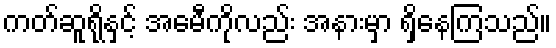
ကတ်ဆူရိုနှင့် အေမီကိုလည်း အနားမှာ ရှိနေကြသည်။